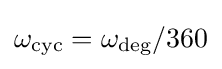
\omega _{\text{cyc}}=\omega _{\text{deg}}/360